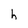
Character: h